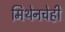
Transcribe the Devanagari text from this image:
मिथेनचेही